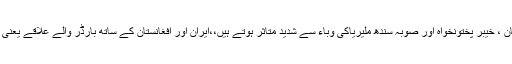
ایک رپورٹ کے مطابق پاکستان کا وسیع علاقہ بلوچستان ، خیبر پختونخواہ اور صوبہ سندھ ملیریاکی وباء سے شدید متاثر ہوتے ہیں،،ایران اور افغانستان کے ساتھ بارڈر والے علاقے یعنی فاٹا میں بھی ملیریا کے پھیلنے کے خطرات موجودہیں۔